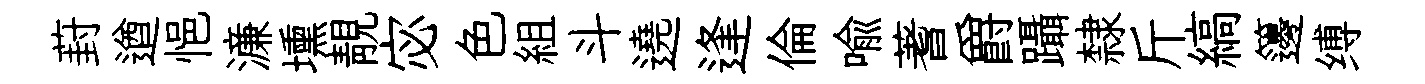
葑遒悒濓壎靚宓色組斗遶逢倫喩蓍爵躡隸斤縞籩缚